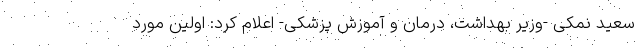
سعید نمکی -وزیر بهداشت، درمان و آموزش پزشکی- اعلام کرد: اولین مورد